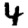
Digit: 4